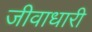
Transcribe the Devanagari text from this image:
जीवाधारी